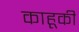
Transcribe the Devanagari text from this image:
काहूकी